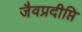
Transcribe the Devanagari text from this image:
जैवप्रदीप्ति